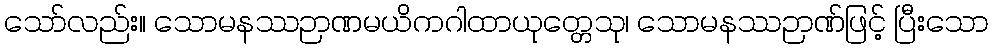
သော်လည်း။ သောမနဿဉာဏမယိကဂါထာယုတ္တေသု၊ သောမနဿဉာဏ်ဖြင့် ပြီးသော